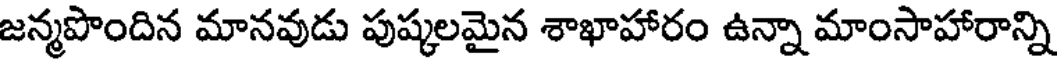
జన్మపొందిన మానవుడు పుష్కలమైన శాఖాహారం ఉన్నా మాంసాహారాన్ని